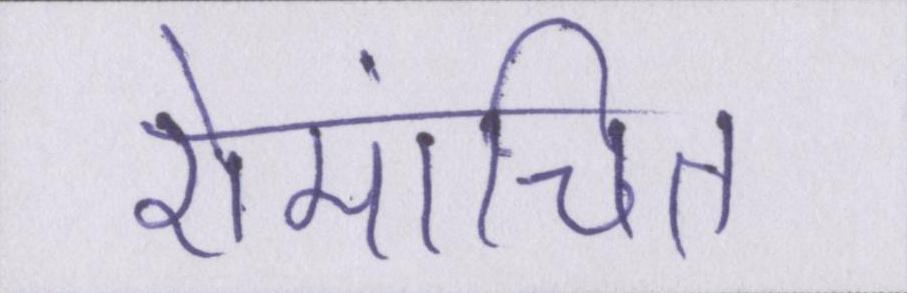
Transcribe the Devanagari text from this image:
रोमांचित